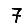
Digit: 7